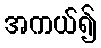
အကယ်၍